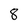
Character: 8